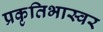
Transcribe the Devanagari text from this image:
प्रकृतिभास्वर